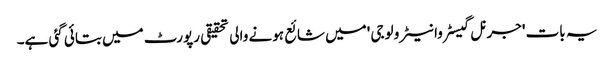
یہ بات 'جرنل گیسٹروانیٹرو لوجی 'میں شائع ہونے والی تحقیقی رپورٹ میں بتائی گئی ہے۔